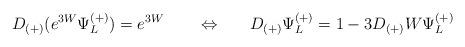
LaTeX: \begin{align*} D_{(+)} (e^{3W} \Psi^{(+)}_L ) = e^{3W} ~~~~~~ \Leftrightarrow ~~~~~ D_{(+)} \Psi^{(+)}_L = 1 - 3 D_{(+)} W \Psi^{(+)}_L\end{align*}